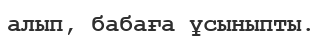
алып, бабаға ұсыныпты.